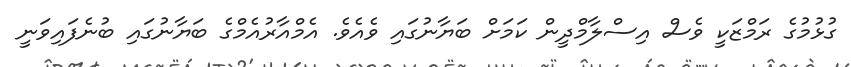
ގުޅުމުގެ ރަމްޒަކީ ވެސް އިސްލާމްދީން ކަމަށް ބަޔާނުގައި ވެއެވެ. އެމްއާރުއެމްގެ ބަޔާނުގައި ބުނެފައިވަނީ